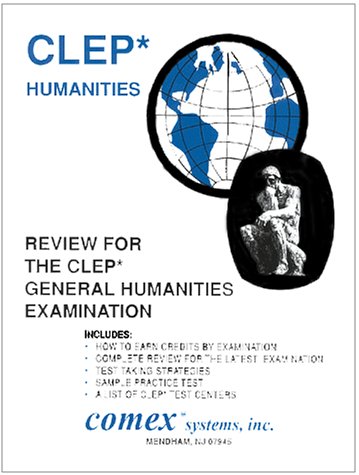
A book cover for Review for Clep* General Humanities Examination: Complete Review for the New Examination; Brian Eckert; Test Preparation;